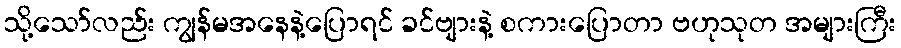
သို့သော်လည်း ကျွန်မအနေနဲ့ပြောရင် ခင်ဗျားနဲ့ စကားပြောတာ ဗဟုသုတ အများကြီး